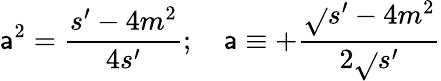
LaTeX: \mathsf{a}^{2}=\frac{{s^{\prime}-4m^{2}}}{{4s^{\prime}}};\quad\mathsf{a}\equiv+\frac{{\sqrt{}{{s^{\prime}-4m^{2}}}}}{{2\sqrt{}{{s^{\prime}}}}}